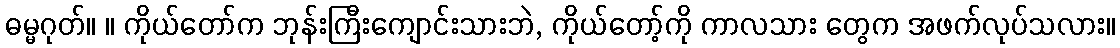
ဓမ္မဂုတ်။ ။ ကိုယ်တော်က ဘုန်းကြီးကျောင်းသားဘဲ, ကိုယ်တော့်ကို ကာလသား တွေက အဖက်လုပ်သလား။